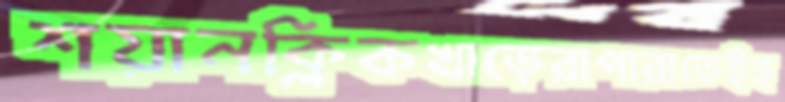
শয়ানক্লিকখাড়েরাপারাতেইহ